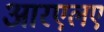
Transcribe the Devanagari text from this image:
आरएलए